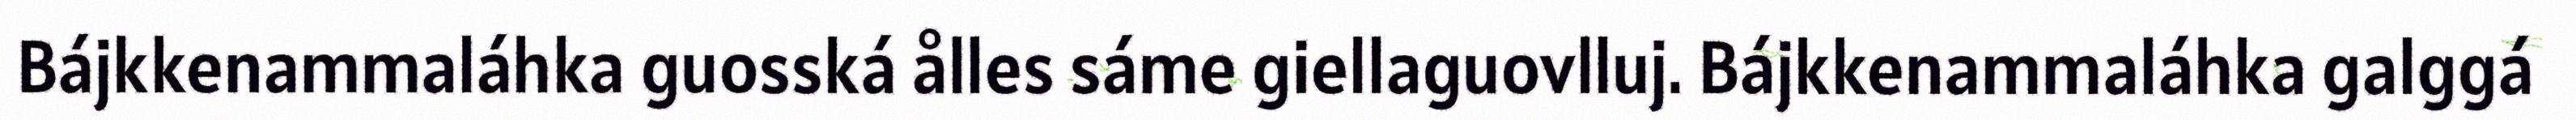
Bájkkenammaláhka guosská ålles sáme giellaguovlluj. Bájkkenammaláhka galggá